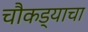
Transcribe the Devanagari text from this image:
चौकड्याचा